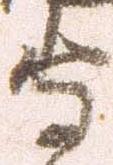
守